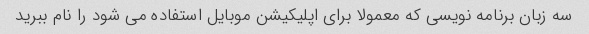
سه زبان برنامه نویسی که معمولا برای اپلیکیشن موبایل استفاده می شود را نام ببرید